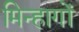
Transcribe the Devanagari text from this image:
मिन्हागों